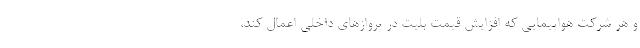
و هر شرکت هواپیمایی که افزایش قیمت بلیت در پروازهای داخلی اعمال کند،